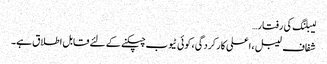
لیبلنگ کی رفتار…
شفاف لیبل ، اعلی کارکردگی ، کوئی ٹیوب چپکنے کے لئے قابل اطلاق ہے۔